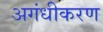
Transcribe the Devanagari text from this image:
अगंधीकरण